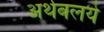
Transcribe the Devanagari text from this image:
अर्थवलये